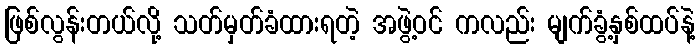
ဖြစ်လွန်းတယ်လို့ သတ်မှတ်ခံထားရတဲ့ အဖွဲ့ဝင် ကလည်း မျက်ခွံ့နှစ်ထပ်နဲ့